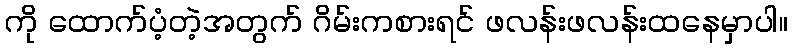
ကို ထောက်ပံ့တဲ့အတွက် ဂိမ်းကစားရင် ဖလန်းဖလန်းထနေမှာပါ။